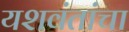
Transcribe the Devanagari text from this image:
यशवंतांचा